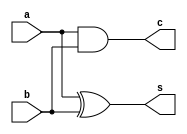
/**
 * lab1 - Meio somador de 1 bit
 * Aluno: Luan Daniel de Oliveira Melo (20102096)
 *
 ** lab1\src\half_adder.v **
 * Define um modulo para um meio somador de 1-bit
 */

/**
 * Modulo para half adder de 1bit
 * @param a I|Primeiro bit da soma
 * @param b I|Segundo bit da soma
 * @param s O|Resultado da soma
 * @param c O|Carry da soma
 */

module half_adder
(a, b, s, c);
	input a, b;
	output s, c;

	//assign {c, s} = a + b;
	assign c = a & b;
	assign s = a ^ b;

endmodule //half_adder